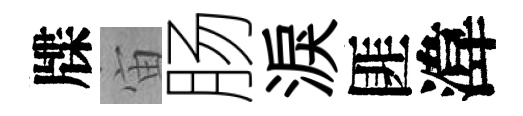
牒宙肠淚匪湋